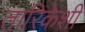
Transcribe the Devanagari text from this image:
तारिकेशी